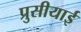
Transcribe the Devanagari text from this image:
प्रुसीयाई